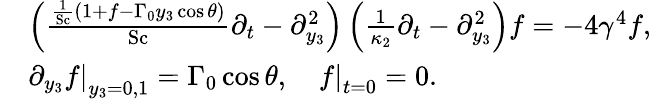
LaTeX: \begin{array}{rl}&{\left(\frac{\frac{1}{\mathrm{Sc}}\left(1+f-\Gamma_{0}y_{3}\cos\theta\right)}{\mathrm{Sc}}\partial_{t}-\partial_{y_{3}}^{2}\right)\left(\frac{1}{\kappa_{2}}\partial_{t}-\partial_{y_{3}}^{2}\right)f=-4\gamma^{4}f,}\\ &{\left.\partial_{y_{3}}f\right|_{y_{3}=0,1}=\Gamma_{0}\cos\theta,\quad\left.f\right|_{t=0}=0.}\end{array}